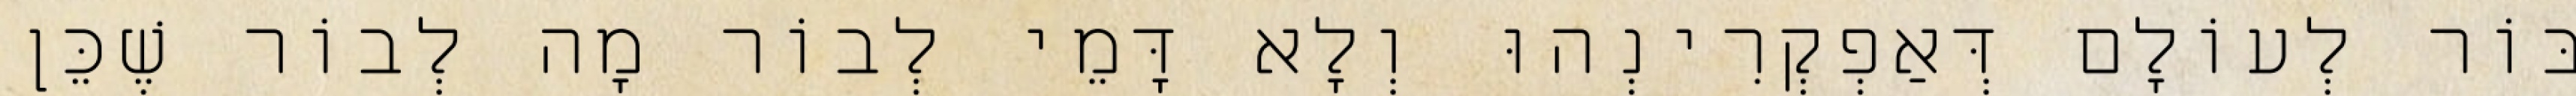
בּוֹר לְעוֹלָם דְּאַפְקְרִינְהוּ וְלָא דָּמֵי לְבוֹר מָה לְבוֹר שֶׁכֵּן